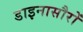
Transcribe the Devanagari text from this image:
डाइनासौरों